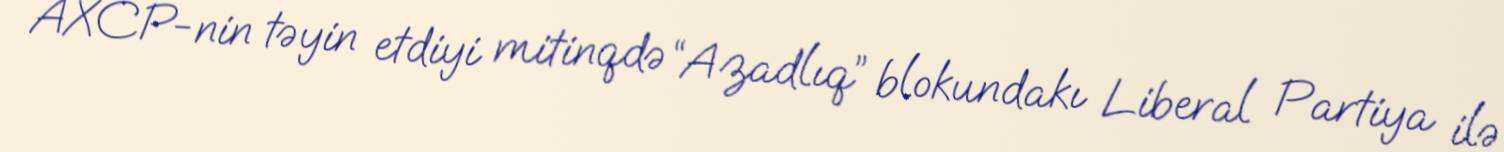
AXCP-nin təyin etdiyi mitinqdə “Azadlıq” blokundakı Liberal Partiya ilə